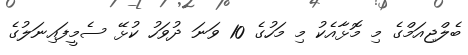
ބެލްޖިއަމްގެ މި މޮޅާއެކު މި މަހުގެ 10 ވަނަ ދުވަހު ކުޅޭ ސެމީފައިނަލުގެ